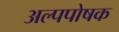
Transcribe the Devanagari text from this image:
अल्पपोषक